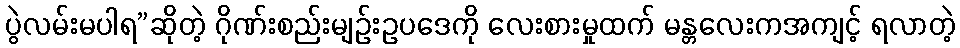
ပွဲလမ်းမပါရ”ဆိုတဲ့ ဂိုဏ်းစည်းမျဉ်းဥပဒေကို လေးစားမှုထက် မန္တလေးကအကျင့် ရလာတဲ့